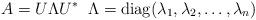
LaTeX: \begin{align*}A=U\Lambda U^* \;\; \Lambda=\mathop{\rm diag}(\lambda_1,\lambda_2,\ldots,\lambda_n)\end{align*}